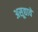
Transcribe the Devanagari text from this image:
असूद्यावे